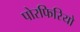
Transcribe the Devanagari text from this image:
पोरफिरियो